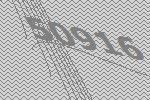
50916